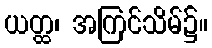
ယတ္ထ၊ အကြင်သိမ်၌။